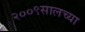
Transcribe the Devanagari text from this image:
२००९सालच्या